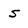
Character: S